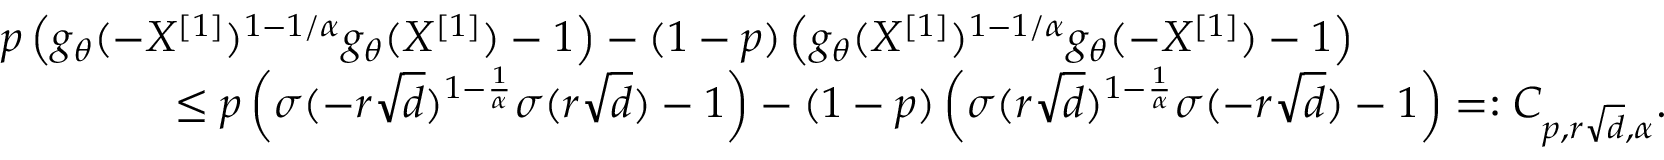
\begin{array} { r l } & { p \left( g _ { \theta } ( - X ^ { [ 1 ] } ) ^ { 1 - 1 / \alpha } g _ { \theta } ( X ^ { [ 1 ] } ) - 1 \right) - ( 1 - p ) \left( g _ { \theta } ( X ^ { [ 1 ] } ) ^ { 1 - 1 / \alpha } g _ { \theta } ( - X ^ { [ 1 ] } ) - 1 \right) } \\ & { \quad \quad \quad \quad \leq p \left( \sigma ( - r \sqrt { d } ) ^ { 1 - \frac { 1 } { \alpha } } \sigma ( r \sqrt { d } ) - 1 \right) - ( 1 - p ) \left( \sigma ( r \sqrt { d } ) ^ { 1 - \frac { 1 } { \alpha } } \sigma ( - r \sqrt { d } ) - 1 \right) = : C _ { p , r \sqrt { d } , \alpha } . } \end{array}